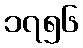
၁၇၅၆